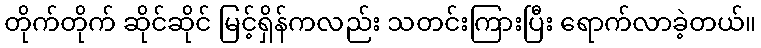
တိုက်တိုက် ဆိုင်ဆိုင် မြင့်ရှိန်ကလည်း သတင်းကြားပြီး ရောက်လာခဲ့တယ်။